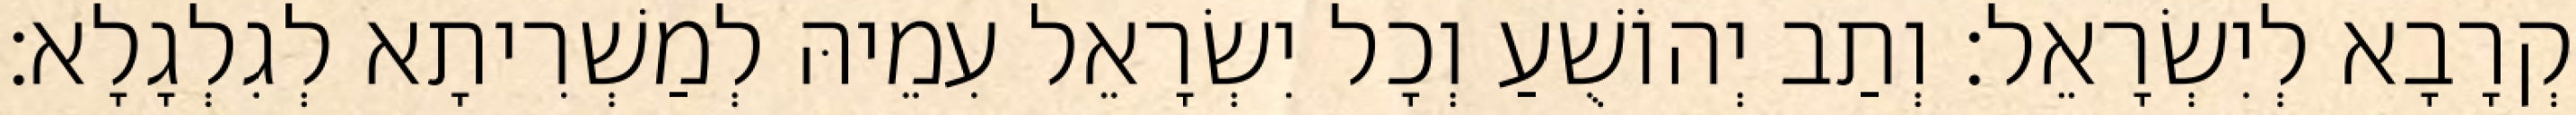
קְרָבָא לְיִשְׂרָאֵל׃ וְתַב יְהוֹשֻׁעַ וְכָל יִשְׂרָאֵל עִמֵיהּ לְמַשְׁרִיתָא לְגִלְגָלָא׃